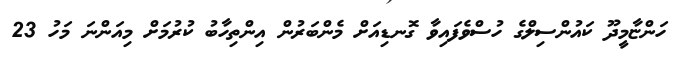
ހަންޏާމީދޫ ކައުންސިލްގެ ހުސްވެފައިވާ ގޮނޑިއަށް މެންބަރުން އިންތިހާބު ކުރުމަށް މިއަންނަ މަހު 23